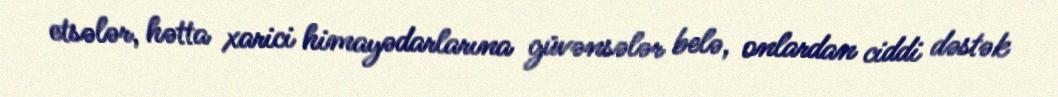
etsələr, hətta xarici himayədarlarına güvənsələr belə, onlardan ciddi dəstək